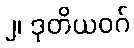
၂၊ ဒုတိယဝဂ်